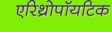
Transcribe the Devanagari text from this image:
एरिथ्रोपॉयटिक